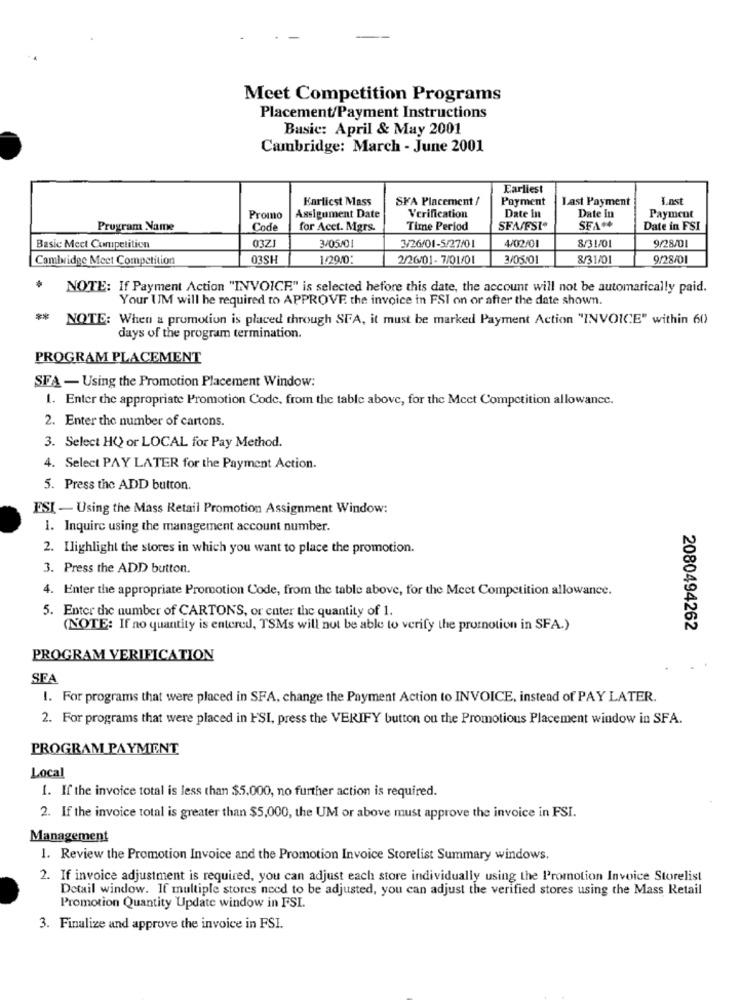
Meet Competition Programs
Placement/Payment Instructions
Basic: April & May 2001
Cambridge: March - June 2001
Earliest
Karticst Mass
SKA Placement /
Payment
Last Payment
Lost
Promo
Assignment Date
Verification
Date In
Date in
Payment
Program Name
Code
for Acct. Mgrs.
Time Period
SFA/FSI*
SFA++
Date in FSI
0321
3/05/01
4/02/01
8/31/01
9/28/01
Basic Meet Competition
3/26/01-5/27/01
Cambridge Meet Competition
03SH
1/29/0:
2/26/01-7/01/01
3/05/01
8/31/01
9/28/01
NOTE: If Payment Action "INVOICE" is selected before this date, the account will not be automatically paid.
Your UM will he required to APPROVE the invoice in FSI on or after the date shown.
**
NOTE: When a promotion is placed through SFA, it must be marked Payment Action "INVOICE" within 60)
days of the program termination.
PROGRAM PLACEMENT
SEA - Using the Promotion Placement Window:
1. Enter the appropriate Promotion Code, from the table above, for the Meet Competition allowance.
2. Enter the number of cartons.
3. Select HQ) or LOCAL for Pay Method.
4. Select PAY LATER for the Payment Action.
5. Press the ADD button.
ESI - Using the Mass Retail Promotion Assignment Window:
1. Inquire using the management account number.
2. Ilighlight the stores in which you want to place the promotion.
3. Press the ADD button.
4. Enter the appropriate Promotion Code, from the table above, for the Meet Competition allowance.
5. Enter the number of CARTONS, or enter the quantity of 1.
(NOTE: If no quantity is entered, TSMs will not be able to verify the promotion in SFA.)
2080494262
PROGRAM VERIFICATION
SEA
1. For programs that were placed in SFA, change the Payment Action to INVOICE, instead of PAY LATER.
2. For programs that were placed in FSI, press the VERIFY button on the Promotions Placement window in SFA.
PROGRAM PAYMENT
Local
1. If the invoice total is less than $5.000, no further action is required.
2. If the invoice total is greater than $5,000, the UM or above must approve the invoice in FSI.
Management
1. Review the Promotion Invoice and the Promotion Invoice Storelist Summary windows.
2. If invoice adjustment is required, you can adjust each store individually using the Promotion Invoice Storelist
Detail window. If multiple stores need to be adjusted, you can adjust the verified stores using the Mass Retail
Promotion Quantity Update window in FSI.
3. Finalize and approve the invoice in FSI.